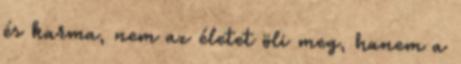
és karma, nem az életet öli meg, hanem a